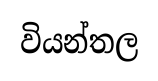
වියන්තල